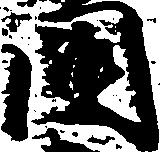
国